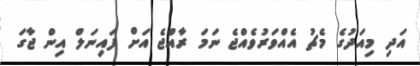
އަދި މިއަދުގެ މެޗު އެއްވަރުވެއްޖެ ނަމަ ރާއްޖެ އަށް ފައިނަލް އިން ޖާގަ